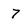
Character: 7